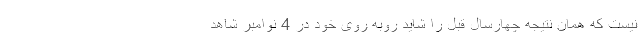
نیست که همان نتیجه چهارسال قبل را شاید روبه روی خود در 4 نوامبر شاهد